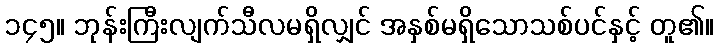
၁၄၅။ ဘုန်းကြီးလျက်သီလမရှိလျှင် အနှစ်မရှိသောသစ်ပင်နှင့် တူ၏။